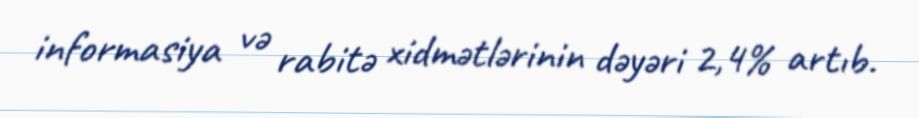
informasiya və rabitə xidmətlərinin dəyəri 2,4% artıb.